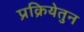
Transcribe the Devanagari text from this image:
प्रक्रियेतुन